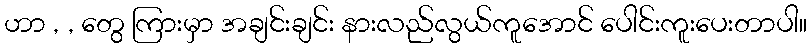
ဟာ , , တွေ ကြားမှာ အချင်းချင်း နားလည်လွယ်ကူအောင် ပေါင်းကူးပေးတာပါ။